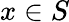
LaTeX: x\in S